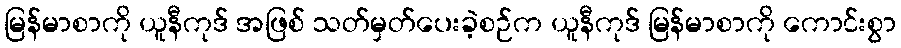
မြန်မာစာကို ယူနီကုဒ် အဖြစ် သတ်မှတ်ပေးခဲ့စဉ်က ယူနီကုဒ် မြန်မာစာကို ကောင်းစွာ